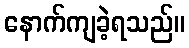
နောက်ကျခဲ့ရသည်။